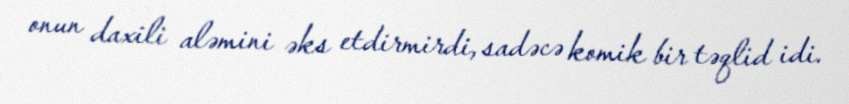
onun daxili aləmini əks etdirmirdi, sadəcə komik bir təqlid idi.